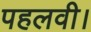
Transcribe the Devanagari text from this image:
पहलवी।